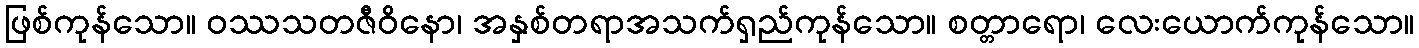
ဖြစ်ကုန်သော။ ဝဿသတဇီဝိနော၊ အနှစ်တရာအသက်ရှည်ကုန်သော။ စတ္တာရော၊ လေးယောက်ကုန်သော။